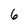
Character: 6